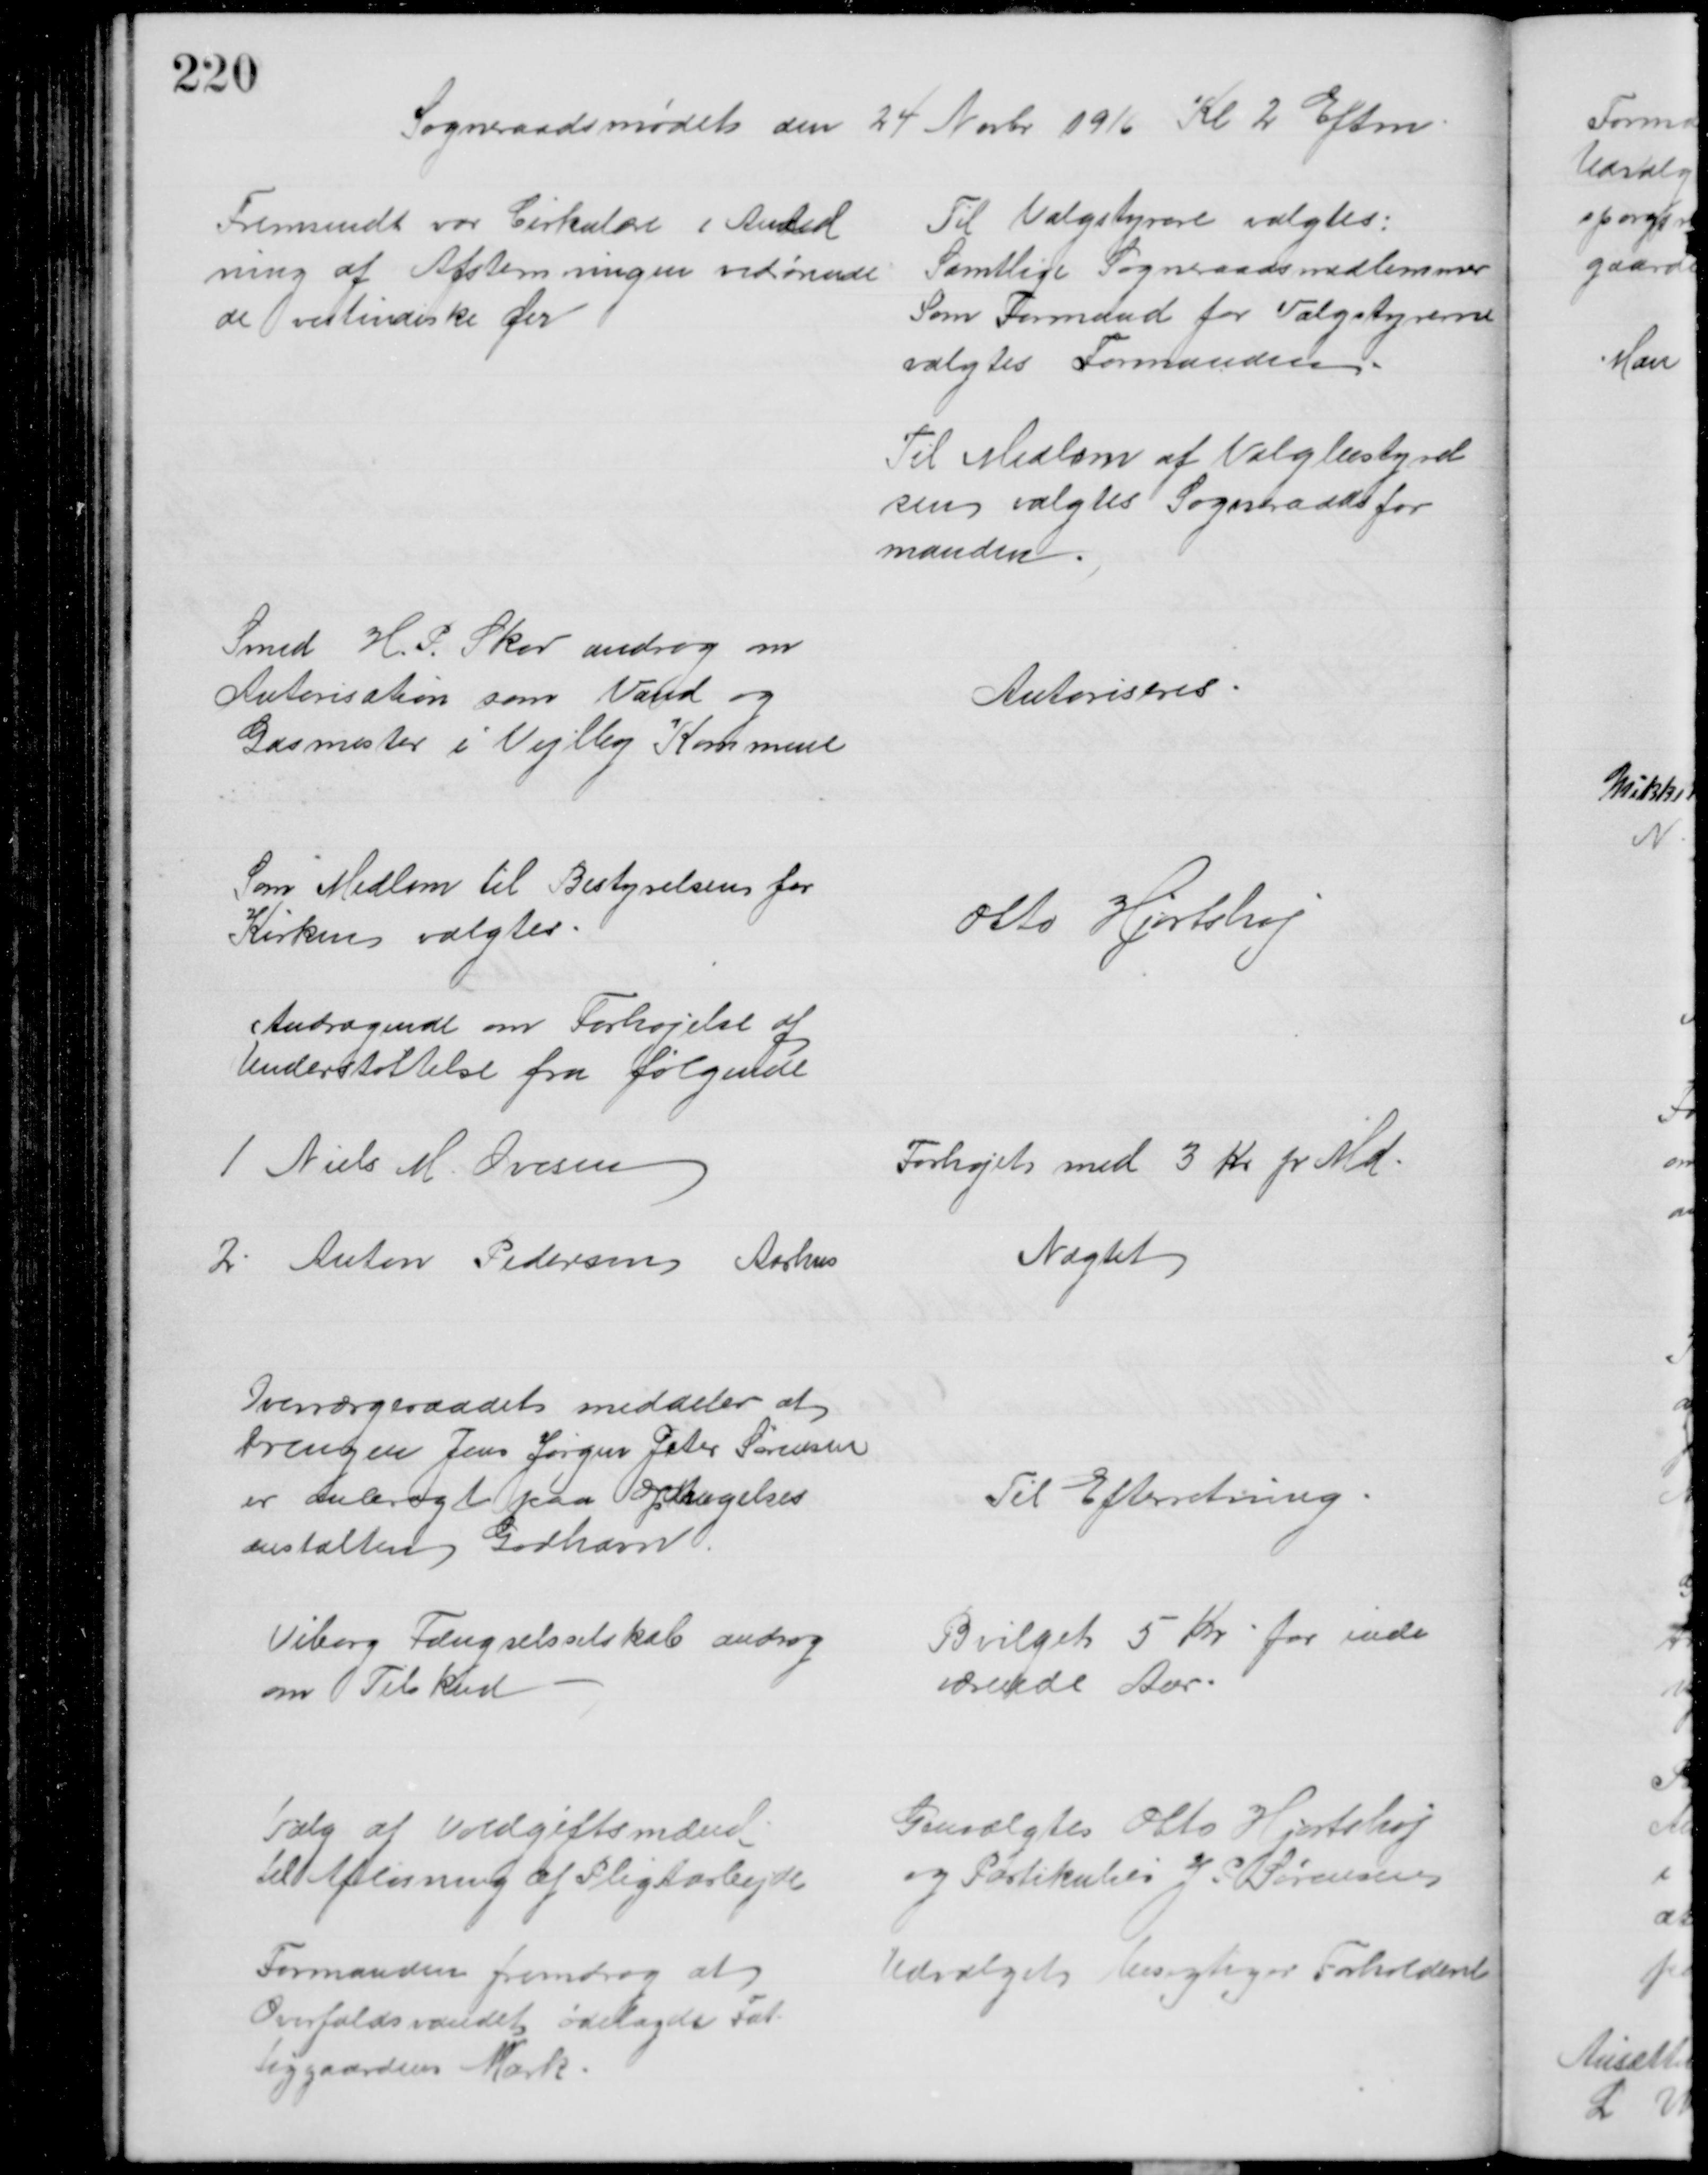
Transskription:
Sogneraadsmødet den 24 Novbr 1916 Kl 2 Eftm
Fremsendt var Cirkulære i Anled
ning af Afstemningen vedrørende
de vestindiske Øer
Til Valgstyrere valgtes:
Samtlige Sogneraadsmedlemmer
Som Formand for Valgstyrerne
valgtes Formanden
Til Medlem af Valgbestyrel
sen valgtes Sogneraadsfor
manden
Smed H. P. Skov androg om
Autorisation som Vand og
Gasmester i Vejlby Kommune
Autoriseres
Som Medlem til Bestyrelsen for
Kirken valgtes
Otto Hjortshøj
Andragende om Forhøjelse af
Understøttelse fra følgende
1 Niels M. Ovesen
Forhøjet med 3 Kr pr Md
2. Anton Pedersen Aarhus
Nægtet
Overværgeraadet meddeler at 
Drengen Jens Jørgen JPeter Sørensen
er anbragt paa Optagelses
anstalten Godhavn
Til Efterretning
Viborg Fængselsselskab androg 
om Tilskud
Bevilget 5 Kr for inde
værende Aar
Valg af Voldgiftsmænd
til Afløsning af Pligtarbejde
Genvalgtes Otto Hjortshøj
og Partikulier J P Sørensen
Formanden fremdrog at
Overfaldsvandet ødelagde Fat
tiggaardens Mark.
Udvalget besigtiger Forholdende